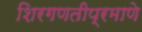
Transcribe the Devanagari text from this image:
शिरगणतीप्रमाणे